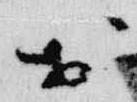
於